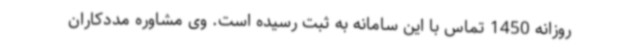
روزانه 1450 تماس با این سامانه به ثبت رسیده است. وی مشاوره مددکاران